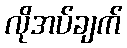
လိုအပ်ချက်